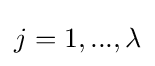
j=1,...,\lambda